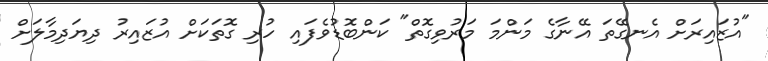
"އުޒައިރަށް އެނގޭތަ އޭނާގެ މަންމަ މަރުވިގޮތް" ކަންބޮޑުވެފައި ހުރި ގޮތަކަށް އުޒައިރު ދިޔަދިމާލަށް